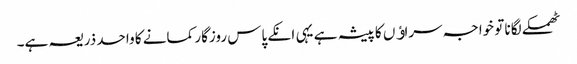
ٹھمکے لگانا تو خواجہ سراﺅں کا پیشہ ہے یہی انکے پاس روزگار کمانے کا واحد ذریعہ ہے۔